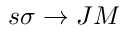
s \sigma \rightarrow J M